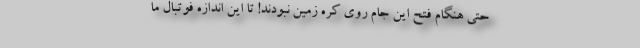
حتی هنگام فتح این جام روی کره زمین نبودند! تا این اندازه فوتبال ما